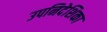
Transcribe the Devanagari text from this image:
उपनिदेशिका